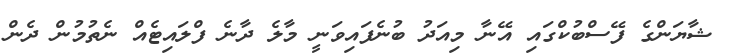
ޝާޔަންގެ ފޭސްބުކްގައި އޭނާ މިއަދު ބުނެފައިވަނީ މާލެ ދާނެ ފްލައިޓެއް ނެތުމުން ދެން